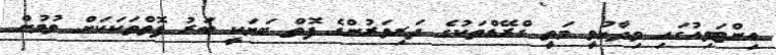
އިންޓަވިއުގައި ވިދާޅުވީ މަތީ ގްރޭޑްތަކުގެ ދަރިވަރުންގެ ފޮތް ބަޔަކީ ބަރު ފޮތްތަކަކަށް ވުމުން